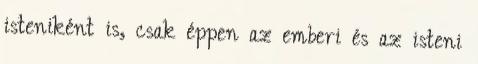
isteniként is, csak éppen az emberi és az isteni